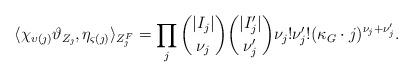
LaTeX: \begin{align*} \langle \chi_{\upsilon(\jmath)}\vartheta_{Z_\jmath}, \eta_{\varsigma(\jmath)}\rangle_{Z_\jmath^F}= \prod_j {|I_j| \choose \nu_j}{|I_j'| \choose \nu_j'} \nu_j! \nu_j'!(\kappa_G \cdot j)^{\nu_j+ \nu_j'}.\end{align*}